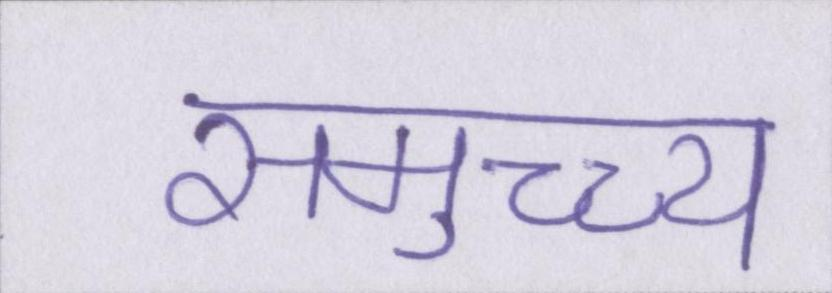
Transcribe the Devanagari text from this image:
समुच्च्य